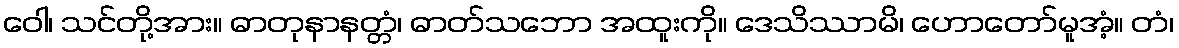
ဝေါ၊ သင်တို့အား။ ဓာတုနာနတ္တံ၊ ဓာတ်သဘော အထူးကို။ ဒေသိဿာမိ၊ ဟောတော်မူအံ့။ တံ၊